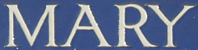
MARY